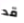
قد